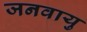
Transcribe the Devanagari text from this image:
जनवायु